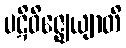
ပဋိဝိဇ္ဈေယျာတိ